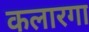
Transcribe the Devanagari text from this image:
कलारगा